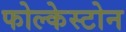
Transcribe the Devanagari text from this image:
फोल्केस्टोन